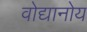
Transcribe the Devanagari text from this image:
वोद्यानोय